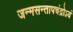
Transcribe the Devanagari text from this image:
जन्मसन्तापचंद्रोऽयं